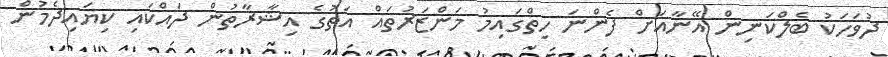
ދުވަހަކު ބެލްކަނިން އޭނާއަށް ފެންނަ ހިތްގައިމު މަންޒަރުތައް އަތުގެ އިޝާރާތުން ދައްކައި ކިޔައިދެމުން